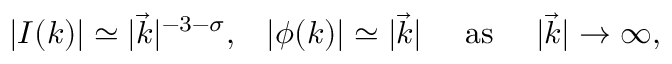
\begin{array} { c c c c } { { | I ( k ) | \simeq | \vec { k } | ^ { - 3 - \sigma } , } } & { { | \phi ( k ) | \simeq | \vec { k } | } } & { { \mathrm { \ a s \ } } } & { { | \vec { k } | \rightarrow \infty , } } \end{array}